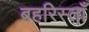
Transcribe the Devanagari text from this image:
बहरिस्ताँ